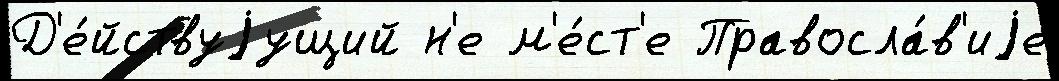
Д'е́йствуjущий н'е м'е́ст'е Правосла́в'иjе